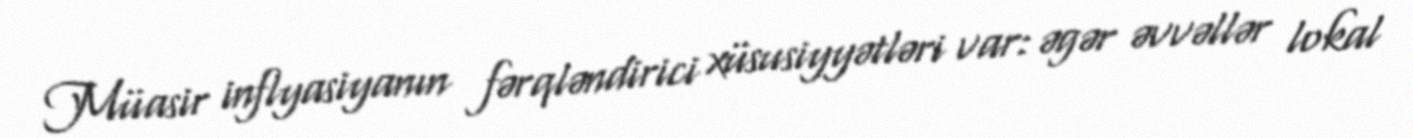
Müasir inflyasiyanın fərqləndirici xüsusiyyətləri var: əgər əvvəllər lokal